Vaccination report Assam 1874-1896 - 1874-1896
Year: 1874
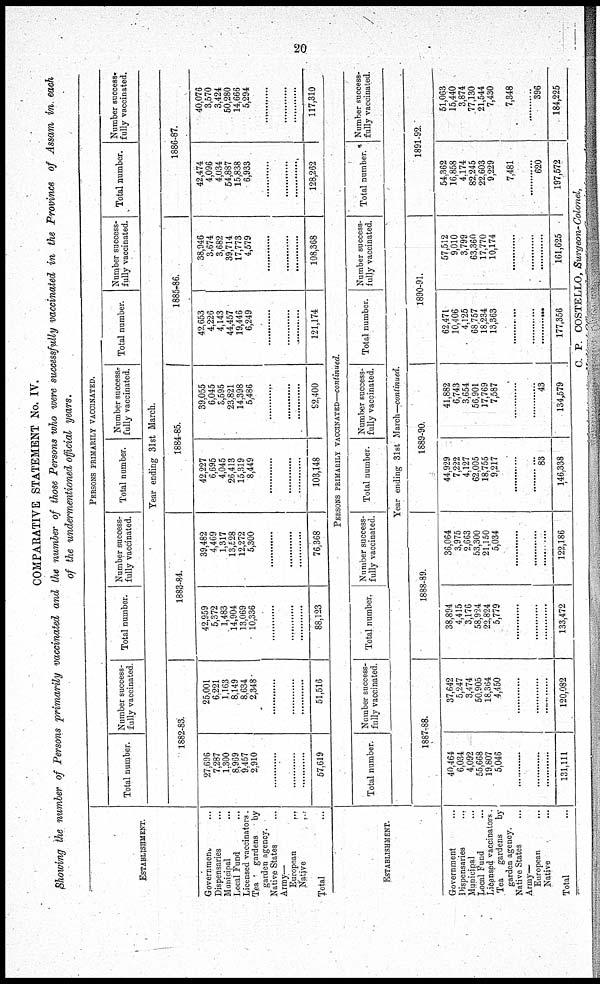
20
COMPARATIVE STATEMENT No. IV.
Showing the number of Persons primarily vaccinated and the number of those Persons who were successfully vaccinated in the Province of Assam in each
of the undermentioned official years.
ESTABLISHMENT.
Government ...
Dispensaries ...
Municipal ...
Local Fund ...
Licensed vaccinators.
Tea
gardens by
garden agency.
Native States ...
Army—
European ...
Native ...
Total ...
PERSONS PRIMARILY VACCINATED.
Total number.
Number success-
--lly vaccinated. Total number. Number success-
fully vaccinated. Total number. Number success¬
fully vaccinated. Total number. Number success-
--lly vaccinated. Total number. Number success-
fully vaccinated.
Year ending 31st March.
1882-83.
27,696
7,287
1,300
8,969
9,457
2,910
......
......
......
57,619
25,001
6,221
1,163
8,149
8,634
2,348
......
......
......
51,516
1883-84.
42,959
5,372
1,483
14,904
13,069
10,336
......
......
......
88,123
39,482
4,469
1,317
13,528
12,272
5,300
......
......
......
76,368
1884-85.
42,227
6,695
4,045
26,413
15,319
8,449
......
......
......
103,148
39,055
6,045
3,595
23,821
14,398
5,486
......
......
......
92,400
1885-86.
42,653
4,226
4,143
44,457
19,446
6,249
......
......
......
121,174
38,946
3,674
3,682
39,714
17,773
4,579
......
......
......
108,368
1886-87.
42,474
4,096
4,034
54,887
15,838
6,933
......
......
......
128,262
40,076
3,570
3,424
50,280
14,666
5,294
......
......
......
117,310
ESTABLISHMENT.
Government ...
Dispensaries ...
Municipal ...
Local Fund ...
Licensed vaccinators.
Tea gardens by
garden agency.
Native States ...
Army—
European ...
Native ...
Total ...
PERSONS PRIMARILY VACCINATED—continued.
Total number.
Number success-
fully vaccinated. Total number.
Number success-
fully vaccinated. Total number. Number success-
fully vaccinated. Total number. Number success-
---ly vaccinated. Total number. Number success-
--lly vaccinated.
Year ending 31st March—continued.
1887-88.
40,464
6,034
4,092
55,668
19,807
5,046
............
............
............
131,111
37,642
5,247
3,474
50,905
18,364
4,450
............
............
............
120,082
1888-89.
38,894
4,415
3,176
58,924
22,824
5,779
............
............
............
133,472
36,064
3,975
2,663
53,300
21,150
5,034
............
............
............
122,186
1889-90.
44,929
7,222
4,127
62,005
18,755
9,217
............
............
83
146,338
41,882
6,743
3,654
56,901
17,769
7,587
............
............
43
134,579
1890-91.
62,471
10,406
4,125
68,757
18,234
13,363
............
............
............
177,356
57,512
9,010
3,799
63,360
17,770
10,174
............
............
............
161,625
1891-92.
54,362
16,858
4,174
82,245
22,603
9,229
7,481
.........
620
197,572
51,063
15,440
3,874
77,130
21,544
7,430
7,348
............
396
184,225
C. P. COSTELLO, Surgeon-Colonel,